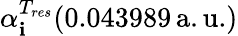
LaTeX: \alpha_{\mathbf{i}}^{T_{res}}(0.043989\, \mathrm{{a.u.}})